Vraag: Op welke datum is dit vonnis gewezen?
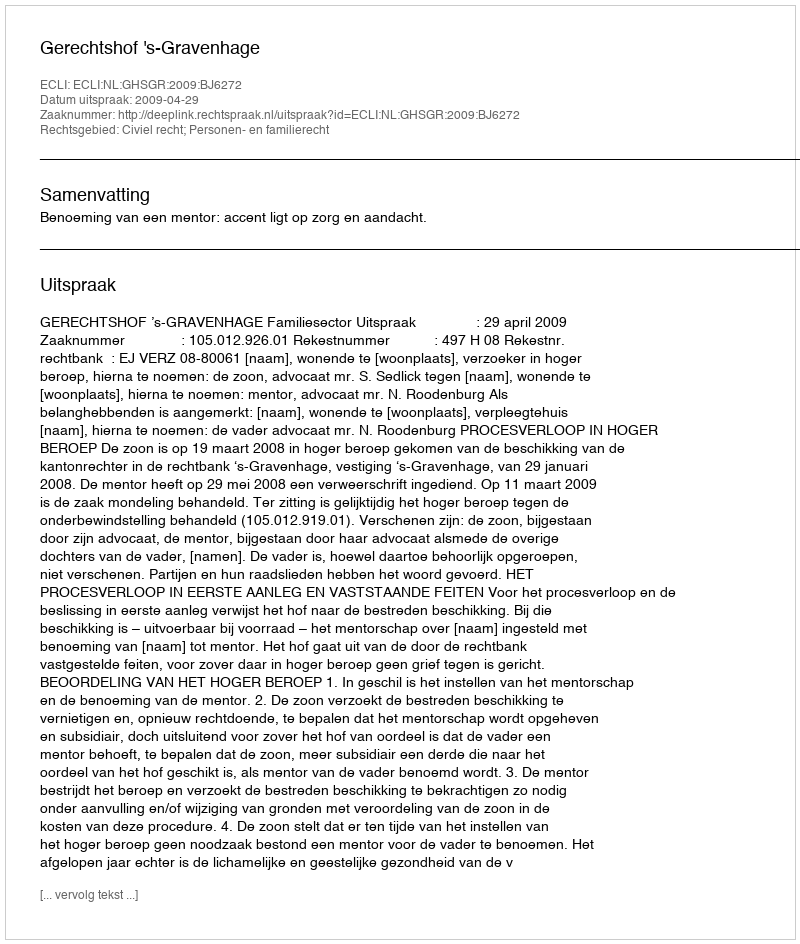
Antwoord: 2009-04-29